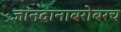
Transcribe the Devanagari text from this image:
ज्ञानदानाबरोबरच